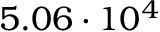
5 . 0 6 \cdot 1 0 ^ { 4 }